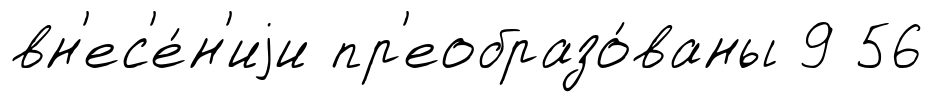
вн'ес'е́н'иjи пр'еобразо́ваны 9 56